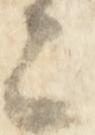
上